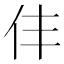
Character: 仹